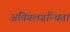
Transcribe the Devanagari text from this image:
अतिगलग्रन्थिता